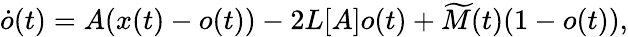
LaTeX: \dot{o}(t)=A(x(t)-o(t))-2L[A]o(t)+\widetilde M(t)(1-o(t)),